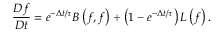
\frac { D f } { D t } = e ^ { - \Delta t / \tau } B \left( { f , f } \right) + \left( { 1 - e ^ { - \Delta t / \tau } } \right) L \left( { f } \right) .